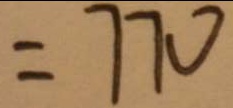
= 7 7 0